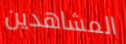
المشاهدين